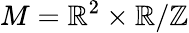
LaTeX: M=\mathbb{R}^{2}\times\mathbb{R}/\mathbb{Z}